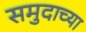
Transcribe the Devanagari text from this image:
समुदाच्या